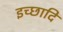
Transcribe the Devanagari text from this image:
इच्छादि